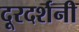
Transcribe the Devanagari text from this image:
दूरदर्शनी